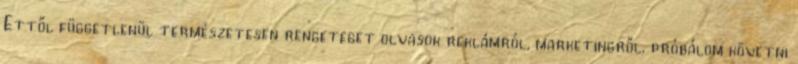
Ettől függetlenül természetesen rengeteget olvasok reklámról, marketingről, próbálom követni